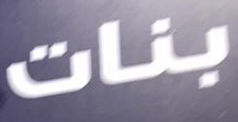
بنات